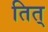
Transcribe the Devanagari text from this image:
तित्